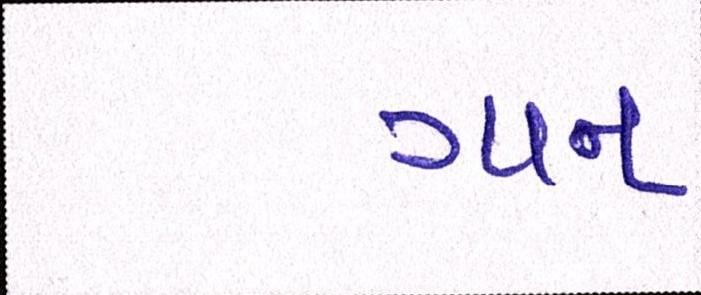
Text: ગાન